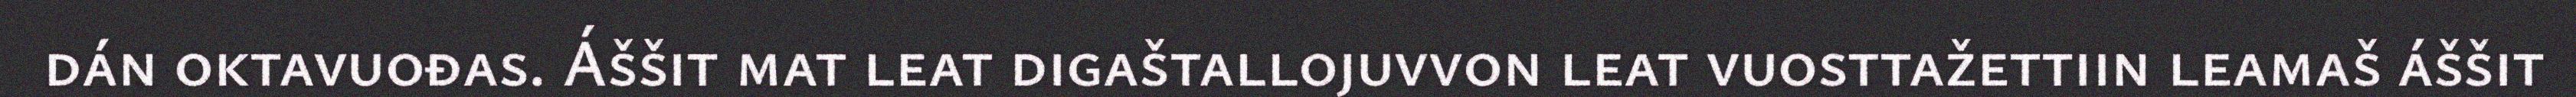
dán oktavuođas. Áššit mat leat digaštallojuvvon leat vuosttažettiin leamaš áššit